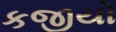
કજીયો